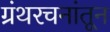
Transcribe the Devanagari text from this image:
ग्रंथरचनांतून